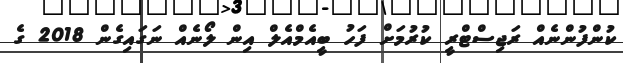
ކުންފުންނެެއް ރަޖިސްޓްރީ ކުރުމަށް ފަހު ބީއެމްއެލް އިން ލޯނެއް ނަގައިގެން 2018 ގެ